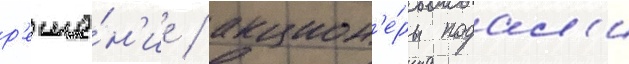
р'еше́н'ие / акцион'е́ры подал'и